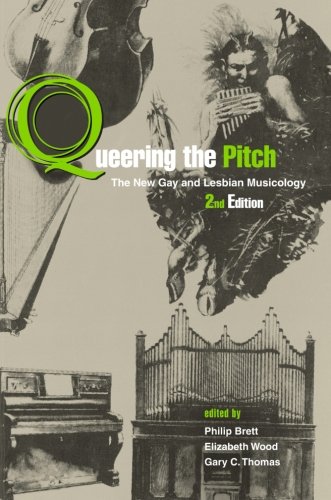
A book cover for Queering the Pitch; Gay & Lesbian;